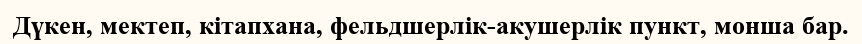
Дүкен, мектеп, кітапхана, фельдшерлік-акушерлік пункт, монша бар.